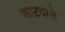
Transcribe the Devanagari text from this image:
काटवाले